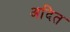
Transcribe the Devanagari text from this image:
अदित